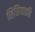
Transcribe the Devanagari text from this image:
सिसियातहि